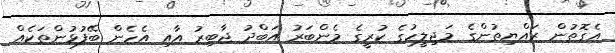
އެގޮތުން ރައްޔިތުންގެ މަޖިލީހުގެ ކުރީގެ މެންބަރު އަބްދު ޖާބިރު އާއި އެހެން ބޭފުޅުންތަކެއް